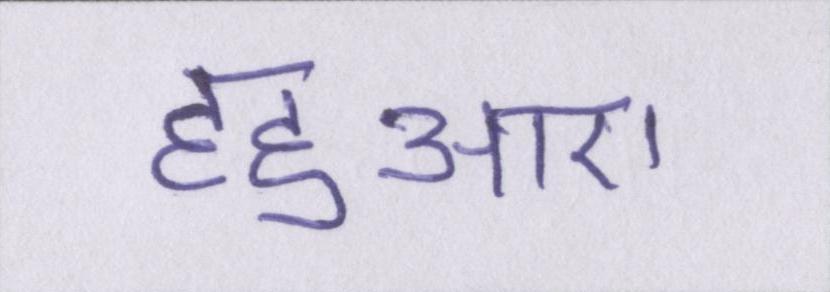
हहुआए